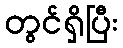
တွင်ရှိပြီး